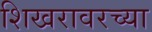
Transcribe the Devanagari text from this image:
शिखरावरच्या